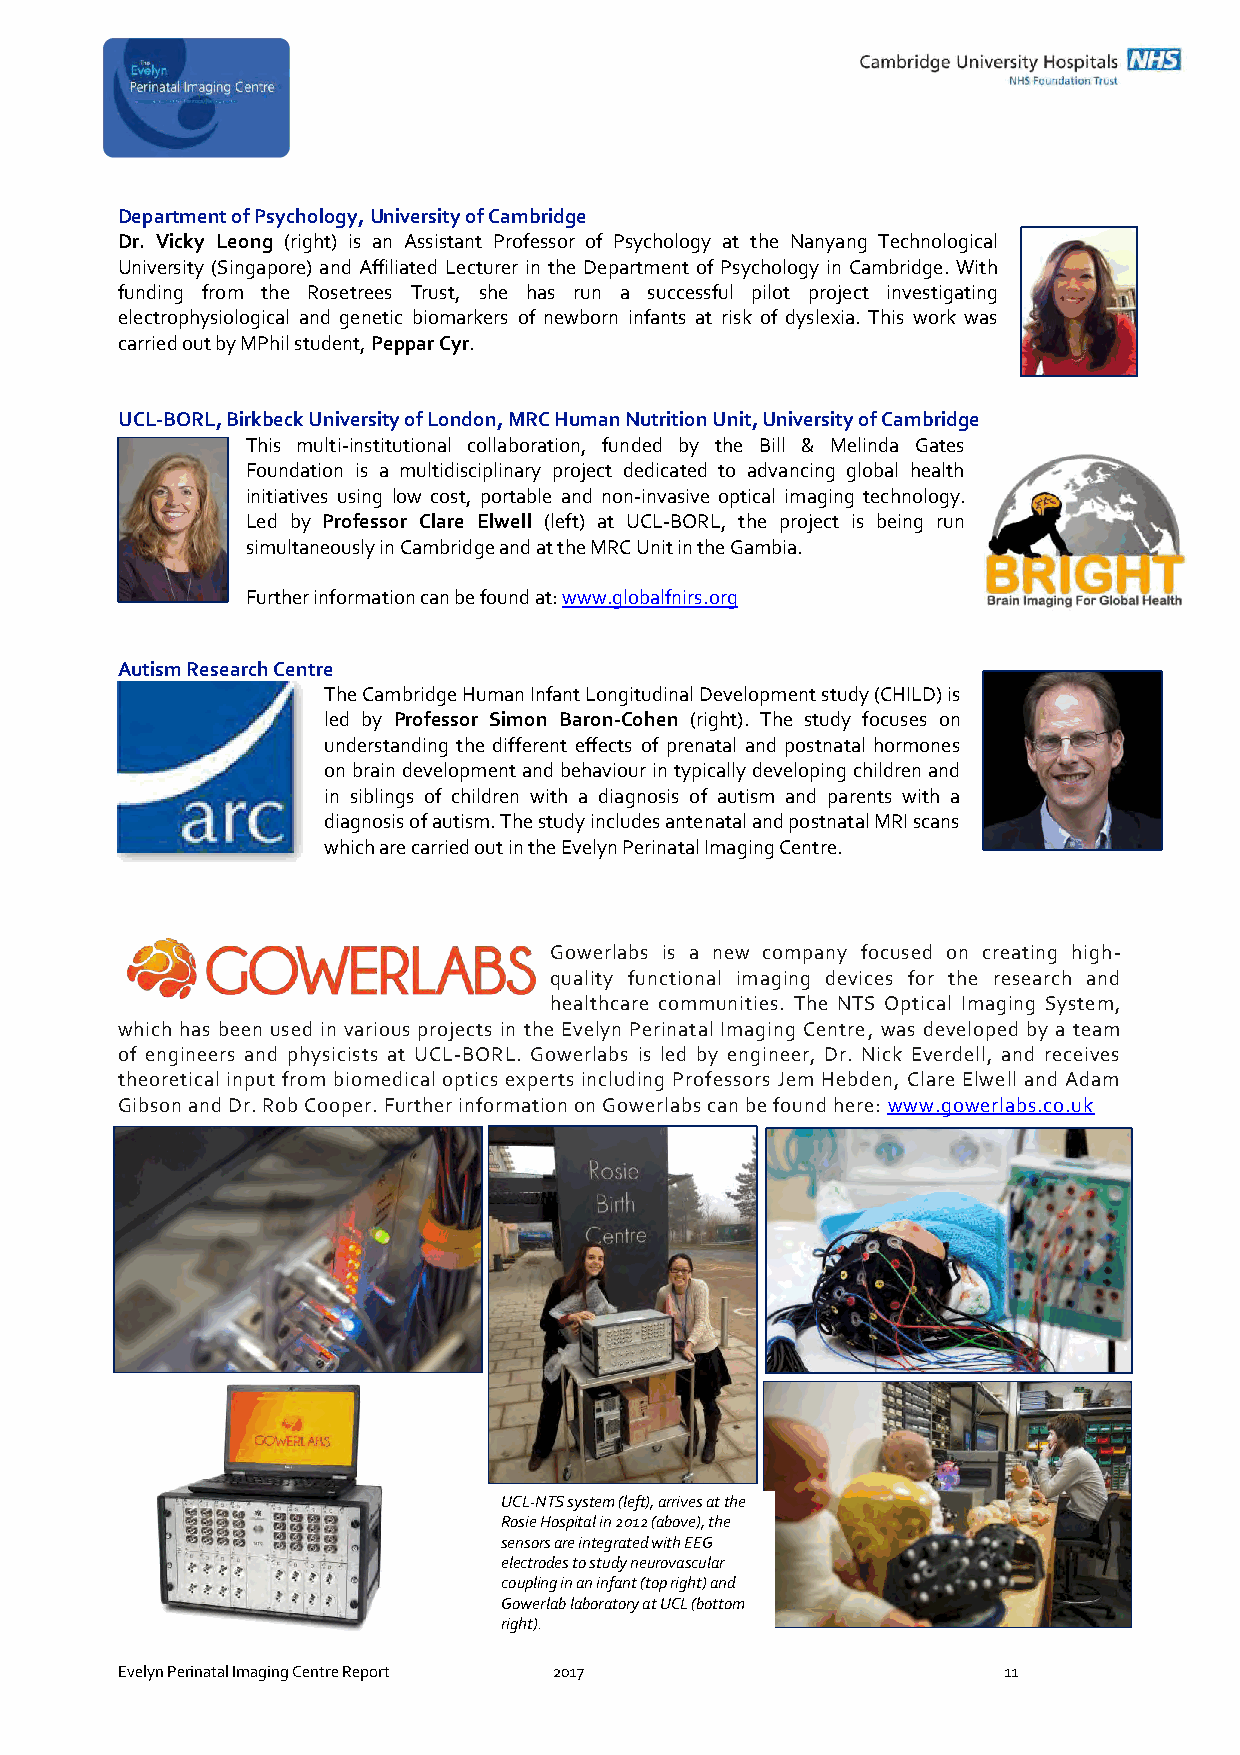
Department of Psychology, University of Cambridge
 Dr. Vicky Leong (right) is an Assistant Professor of Psychology at the Nanyang Technological
 University (Singapore) and Affiliated Lecturer in the Department of Psychology in Cambridge. With
 funding from the Rosetrees Trust, she has run a successful pilot project investigating
 electrophysiological and genetic biomarkers of newborn infants at risk of dyslexia. This work was
 carried out by MPhil student, Peppar Cyr.
 UCL-BORL, Birkbeck University of London, MRC Human Nutrition Unit, University of Cambridge
 This multi-institutional collaboration, funded by the Bill & Melinda Gates
 Foundation is a multidisciplinary project dedicated to advancing global health
 initiatives using low cost, portable and non-invasive optical imaging technology.
 Led by Professor Clare Elwell (left) at UCL-BORL, the project is being run
 simultaneously in Cambridge and at the MRC Unit in the Gambia.
 Further information can be found at: www.globalfnirs.org
 Autism Research Centre
 The Cambridge Human Infant Longitudinal Development study (CHILD) is
 led by Professor Simon Baron-Cohen (right). The study focuses on
 understanding the different effects of prenatal and postnatal hormones
 on brain development and behaviour in typically developing children and
 in siblings of children with a diagnosis of autism and parents with a
 diagnosis of autism. The study includes antenatal and postnatal MRI scans
 which are carried out in the Evelyn Perinatal Imaging Centre.
 Gowerlabs is a new company focused on creating high-
 quality functional imaging devices for the research and
 healthcare communities. The NTS Optical Imaging System,
 which has been used in various projects in the Evelyn Perinatal Imaging Centre, was developed by a team
 of engineers and physicists at UCL-BORL. Gowerlabs is led by engineer, Dr. Nick Everdell, and receives
 theoretical input from biomedical optics experts including Professors Jem Hebden, Clare Elwell and Adam
 Gibson and Dr. Rob Cooper. Further information on Gowerlabs can be found here: www.gowerlabs.co.uk
 UCL-NTS system (left), arrives at the
 Rosie Hospital in 2012 (above), the
 sensors are integrated with EEG
 electrodes to study neurovascular
 coupling in an infant (top right) and
 Gowerlab laboratory at UCL (bottom
 right).
 Evelyn Perinatal Imaging Centre Report 2017               11